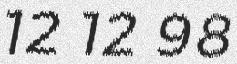
12 12 98